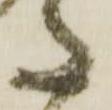
た